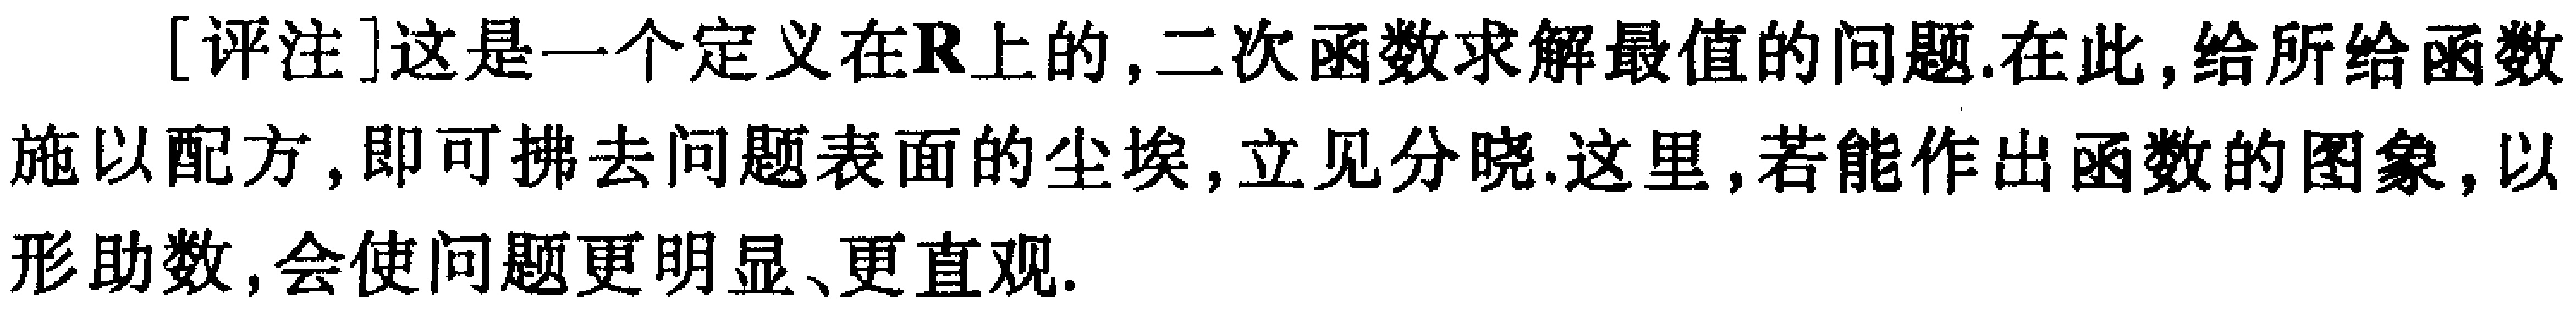
[评注]这是一个定义在\(\mathbb{R}\)上的,二次函数求解最值的问题.在此,给所给函数施以配方,即可拂去问题表面的尘埃,立见分晓.这里,若能作出函数的图象,以形助数,会使问题更明显、更直观.